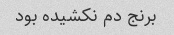
برنج دم نکشیده بود